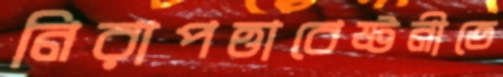
নিরাপত্তাবেষ্টনীতে